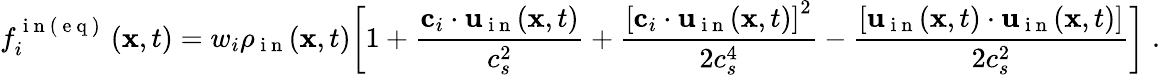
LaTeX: f_{i}^{\mathrm{~i~n~(~e~q~)~}}\left(\textbf{x},t\right)=w_{i}\rho_{\mathrm{~i~n~}}(\textbf{x},t)\bigg[1+\frac{\textbf{c}_{i}\cdot\mathbf{u}_{\mathrm{~i~n~}}(\mathbf{x},t)}{c_{s}^{2}}+\frac{\left[\textbf{c}_{i}\cdot\mathbf{u}_{\mathrm{~i~n~}}(\mathbf{x},t)\right]^{2}}{2c_{s}^{4}}-\frac{\left[\mathbf{u}_{\mathrm{~i~n~}}(\mathbf{x},t)\cdot\mathbf{u}_{\mathrm{~i~n~}}(\mathbf{x},t)\right]}{2c_{s}^{2}}\bigg]\; .